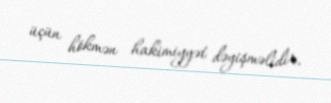
üçün hökmən hakimiyyət dəyişməlidir.